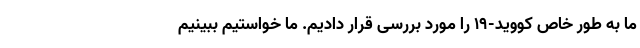
ما به طور خاص کووید-۱۹ را مورد بررسی قرار دادیم. ما خواستیم ببینیم